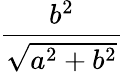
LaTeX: \frac{b^{2}}{\sqrt{a^{2}+b^{2}}}